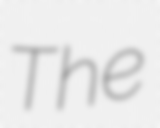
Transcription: The